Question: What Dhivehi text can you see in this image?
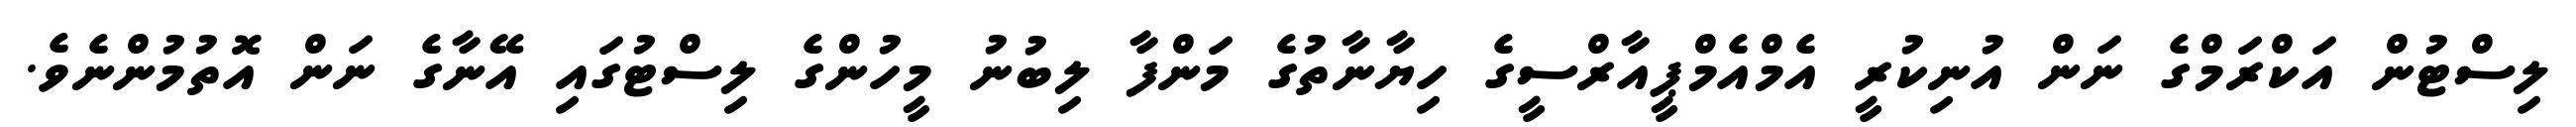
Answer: ލިސްޓުން އަކްރަމްގެ ނަން އުނިކުރީ އެމްއެމްޕީއާރްސީގެ ހިޔާނާތުގެ މަންފާ ލިބުނު މީހުންގެ ލިސްޓުގައި އޭނާގެ ނަން އޮތުމުންނެވެ.